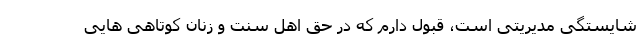
شایستگی مدیریتی است، قبول دارم که در حق اهل سنت و زنان کوتاهی هایی